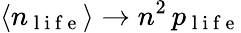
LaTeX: \langle n_{\mathrm{~l~i~f~e~}}\rangle\rightarrow n^{2}\, p_{\mathrm{~l~i~f~e~}}